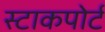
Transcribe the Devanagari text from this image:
स्टाकपोर्ट